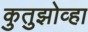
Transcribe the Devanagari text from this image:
कुतुझोव्हा